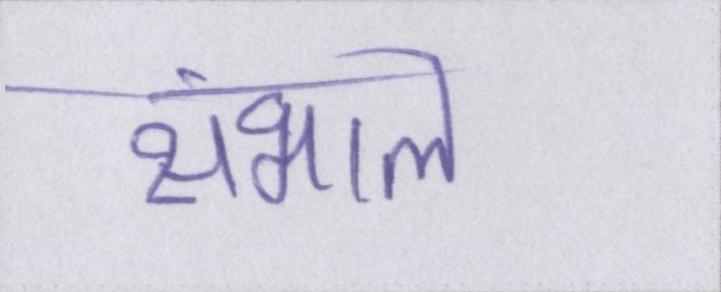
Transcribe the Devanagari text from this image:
संभाले